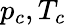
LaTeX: p_{c},T_{c}